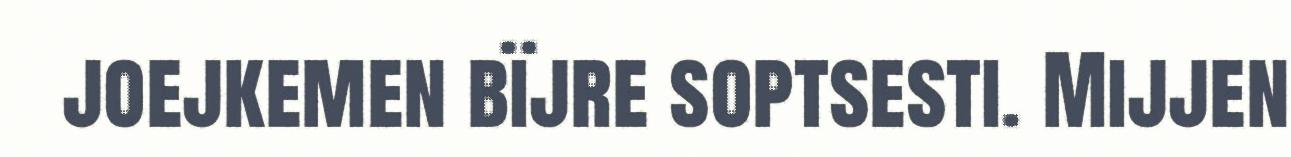
joejkemen bïjre soptsesti. Mijjen